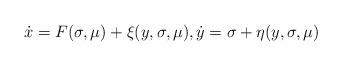
LaTeX: \begin{align*}\dot{x}=F(\sigma,\mu)+\xi(y,\sigma,\mu), \dot{y}=\sigma+\eta(y,\sigma,\mu)\end{align*}